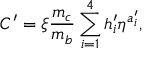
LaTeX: C ^ { \prime } = \xi { \frac { m _ { c } } { m _ { b } } } \sum _ { i = 1 } ^ { 4 } h _ { i } ^ { \prime } \eta ^ { a _ { i } ^ { \prime } } ,